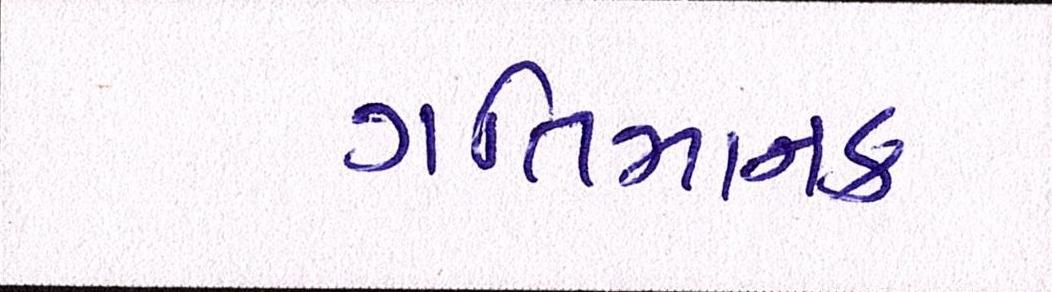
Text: ગતિમાનક